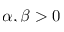
\alpha , \beta > 0